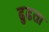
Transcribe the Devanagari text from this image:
ढुढता